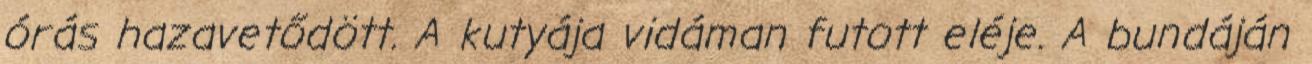
órás hazavetődött. A kutyája vidáman futott eléje. A bundáján